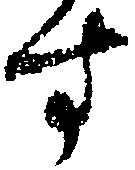
す